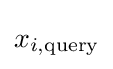
x_{i,{\text{query}}}